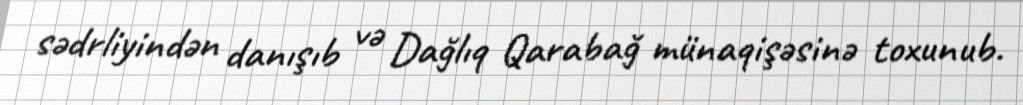
sədrliyindən danışıb və Dağlıq Qarabağ münaqişəsinə toxunub.